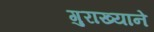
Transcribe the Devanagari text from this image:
गुराख्याने